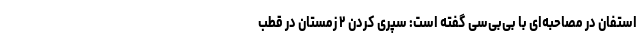
استفان در مصاحبه‌ای با بی‌بی‌سی گفته است: سپری کردن ۲ زمستان در قطب